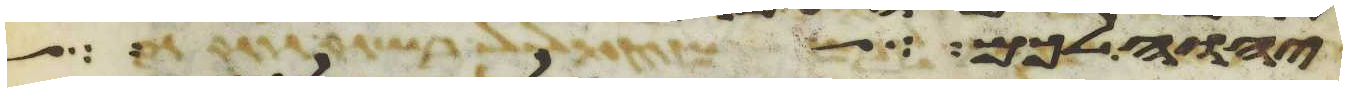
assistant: יהוה אשר פתח אהל